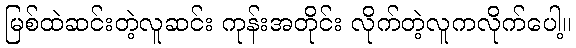
မြစ်ထဲဆင်းတဲ့လူဆင်း ကုန်းအတိုင်း လိုက်တဲ့လူကလိုက်ပေါ့။